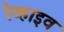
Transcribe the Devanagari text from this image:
रेव्हाइव